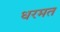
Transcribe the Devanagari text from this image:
धरमत